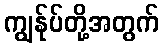
ကျွန်ုပ်တို့အတွက်